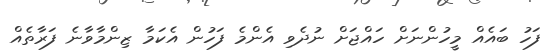
ފަހު ބައެއް މީހުންނަށް ހައްޖަށް ނުދެވި އެންމެ ފަހުން އެކަމާ ޒިންމާވާނެ ފަރާތެއް